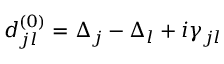
d _ { j l } ^ { ( 0 ) } = \Delta _ { j } - \Delta _ { l } + i \gamma _ { j l }